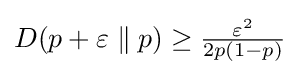
D(p+\varepsilon \parallel p)\geq {\tfrac {\varepsilon ^{2}}{2p(1-p)}}